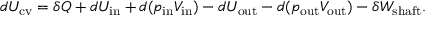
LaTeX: d U _ { \mathrm { c v } } = \delta Q + d U _ { \mathrm { i n } } + d ( p _ { \mathrm { i n } } V _ { \mathrm { i n } } ) - d U _ { \mathrm { o u t } } - d ( p _ { \mathrm { o u t } } V _ { \mathrm { o u t } } ) - \delta W _ { \mathrm { s h a f t } } .